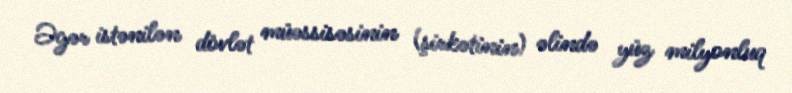
Əgər istənilən dövlət müəssisəsinin (şirkətinin) əlində yüz milyonluq